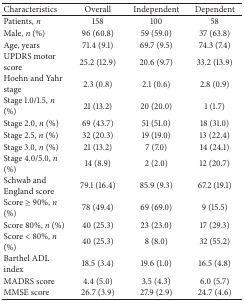
<table><thead><tr><td><b>Characteristics</b></td><td><b>Overall</b></td><td><b>Independent</b></td><td><b>Dependent</b></td></tr></thead><tbody><tr><td>Patients, <i>n</i></td><td>158</td><td>100</td><td>58</td></tr><tr><td>Male, <i>n</i> (%)</td><td>96 (60.8)</td><td>59 (59.0)</td><td>37 (63.8)</td></tr><tr><td>Age, years</td><td>71.4 (9.1)</td><td>69.7 (9.5)</td><td>74.3 (7.4)</td></tr><tr><td>UPDRS motor score</td><td>25.2 (12.9)</td><td>20.6 (9.7)</td><td>33.2 (13.9)</td></tr><tr><td>Hoehn and Yahr stage</td><td>2.3 (0.8)</td><td>2.1 (0.6)</td><td>2.8 (0.9)</td></tr><tr><td>Stage 1.0/1.5, <i>n</i> (%)</td><td>21 (13.2)</td><td>20 (20.0)</td><td>1 (1.7)</td></tr><tr><td>Stage 2.0, <i>n</i> (%)</td><td>69 (43.7)</td><td>51 (51.0)</td><td>18 (31.0)</td></tr><tr><td>Stage 2.5, <i>n</i> (%)</td><td>32 (20.3)</td><td>19 (19.0)</td><td>13 (22.4)</td></tr><tr><td>Stage 3.0, <i>n</i> (%)</td><td>21 (13.2)</td><td>7 (7.0)</td><td>14 (24.1)</td></tr><tr><td>Stage 4.0/5.0, <i>n</i> (%)</td><td>14 (8.9)</td><td>2 (2.0)</td><td>12 (20.7)</td></tr><tr><td>Schwab and England score</td><td>79.1 (16.4)</td><td>85.9 (9.3)</td><td>67.2 (19.1)</td></tr><tr><td>Score ≥ 90%, <i>n</i> (%)</td><td>78 (49.4)</td><td>69 (69.0)</td><td>9 (15.5)</td></tr><tr><td>Score 80%, <i>n</i> (%)</td><td>40 (25.3)</td><td>23 (23.0)</td><td>17 (29.3)</td></tr><tr><td>Score &lt; 80%, <i>n</i> (%)</td><td>40 (25.3)</td><td>8 (8.0)</td><td>32 (55.2)</td></tr><tr><td>Barthel ADL index</td><td>18.5 (3.4)</td><td>19.6 (1.0)</td><td>16.5 (4.8)</td></tr><tr><td>MADRS score</td><td>4.4 (5.0)</td><td>3.5 (4.3)</td><td>6.0 (5.7)</td></tr><tr><td>MMSE score</td><td>26.7 (3.9)</td><td>27.9 (2.9)</td><td>24.7 (4.6)</td></tr></tbody></table>